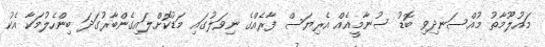
މައުލޫމާތު މުއްސަނދިވި ބޮޑު ސުނާމީއެއް އެރިޔަސް ފާރެއްގެ ނިވަލުގައި މަޑުކޮށްލައިގެންބާރުގަދަ ބިންހެލުމަކާ އެކު